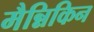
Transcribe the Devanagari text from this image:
मैन्निकिन